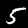
Label: 5